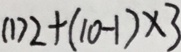
( 1 ) 2 + ( 1 0 - 1 ) \times 3